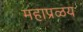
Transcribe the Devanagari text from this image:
महाप्रळय